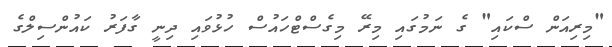
"މިރިއަން ސްކައި" ގެ ނަމުގައި މިރޭ މިގެސްޓްހައުސް ހުޅުވައި ދިނީ ގާފަރު ކައުންސިލްގެ